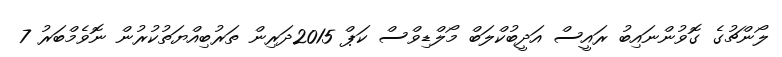
ލޯންޗުގެ ގޮވުންނައިބު ރައީސް އަދީބުކްލަބް މޯލްޑިވްސް ކަޕް 2015ދަރިން ތަރުބިއްޔަތުކުރުން ނޮވެމްބަރު 7